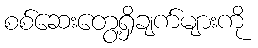
စစ်ဆေးတွေ့ရှိချက်များကို